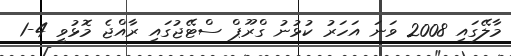
މާލޭގައި 2008 ވަނަ އަހަރު ކުޅުނު ގްރޫޕް ސްޓޭޖުގައި ރާއްޖެ މޮޅުވީ 4-1